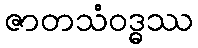
ဇာတသံဝဒ္ဓဿ